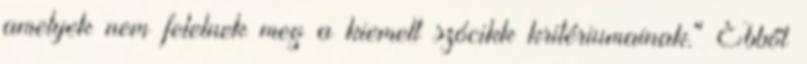
amelyek nem felelnek meg a kiemelt szócikk kritériumainak." Ebből